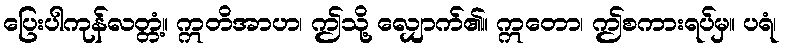
ပြေးပါကုန်လတ္တံ့။ ဣတိအာဟ၊ ဤသို့ လျှောက်၏။ ဣတော၊ ဤစကားရပ်မှ။ ပရံ၊